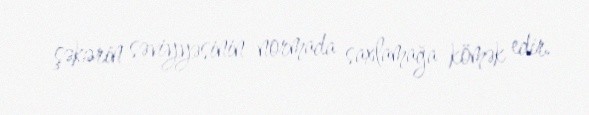
şəkərin səviyyəsinin normada saxlamağa kömək edir.